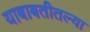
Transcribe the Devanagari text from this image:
याबाबतीतल्या